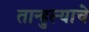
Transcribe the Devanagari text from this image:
तान्हुल्याचे